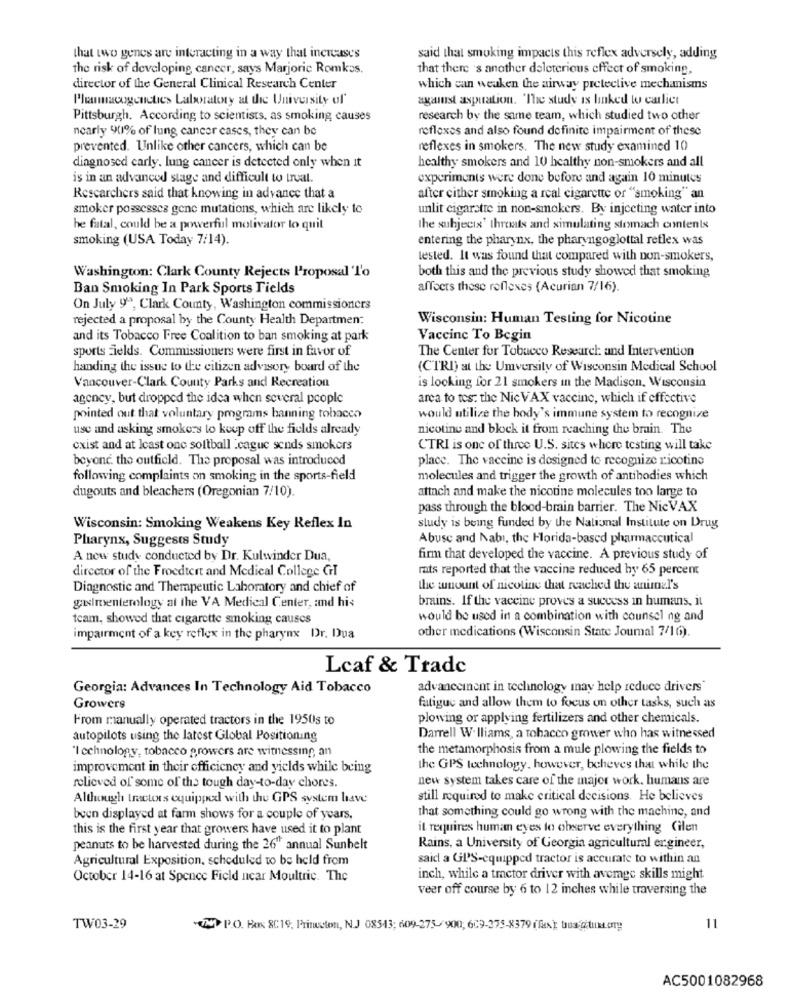
that two genes are interacting in a way that increases
said that smoking impacts this reflex adversely, adding
the risk of developing cancer, says Marjorie Romkos.
that there 's another deleterious effect of smoking.
director of the General Clinical Research Center
which can weaken the airway protective mechanisms
Pleumagencties Laboratory at the University of'
against asputation. 'The study is linked to carlier
Pittsburgh. According to scientists, as smoking causes
research by the same team, which studied two other
nearly 90% of lung cancer cases, they can be
reflexes and also found definite impairment of these
prevented. Unlike other cancers, which can be
reflexes in smokers. The new study examined 10
healthy smokers and 10 healthy non-smokers and all
diagnosed carly. lung cancer is detected only when it
is in an advanced stage and difficult to trual.
experiments were done before and again 10 minutes
Researchers said that knowing in advance that a
after cither smoking a real cigarette or "smoking" an
smoker possesses gene mutations, which are likely to
unlit cigarette in non-smokers. By injecting water into
he fatal, could be a powerful motivator lo quil
the subjects' throats and simulating stomach contents
smoking (USA Today 7/14).
entering the pharynx, the pharyngoglottal reflex was
tested. It was found that compared with non-smokers,
both this and the previous study showed that smoking
Washington: Clark County Rejects Proposal To
Ban Smoking In Park Sports Fields
affects those reflexes (Acurian 7/16).
On July 9º, Clark County, Washington commissioners
rejected a proposal by the County Health Departmen:
Wisconsin: Human Testing for Nicotine
and its Tobacco Free Coalition to ban smoking at park
Vaccine To Begin
sports Fields. Commissioners were first in favor of
The Center for Tobacco Research and Intervention
handing the issue to the citizen advisory board of the
(CTRI) at the Umversity of Wisconsin Medical School
Vancouver-Clark County Parks and Recreation
is looking for 21 smokers in the Madison, Wisconsin
agency, but dropped the idea when several people
arca to tes. the NicVAX vaccine, which if effective
pointed out that voluntary programs banning tobacco
would utilize the body's immune system to recognize
use and asking smokers to keep off the fields already
nicotine and block it from reaching the brain. The
cxist and at least one softball .cague sends smokers
CTRI is one of three U.S. sites where testing will take
beyonc. the outfield. The proposal was introduced
place. The vaccine is designed to recognize ricotino
following complaints on smoking in the sports-field
molecules and trigger the growth of antibodies which
dugouts and bleachers (Oregonian 7/10).
attach and make the nicotine molecules too large to
pass through the blood-brain barrier. The NicVAX
Wisconsin: Smoking Weakens Key Reflex In
study is being funded by the National Institute on Drug
Pharynx, Suggests Study
Abuse and Nabi, the Florida-based pharmaceutical
A new study conducted by Dr. Kulwinder Dua,
firm that developed the vaccine. A previous study of
director of the Froedtert and Medical College GHI
rats reported that the vaccine reduced by 65 percent
Diagnostic and Therapeutic Laboratory and chief of
the sunount of nicoline that reached the animel's
gasimenterology al the VA Medical Center, and his
brains. If the vaccine proves a success in humans, it
team, showed that cigarette smoking causes
would be used in a combination with counsel ng and
other medications (Wisconsin State Joumal 7/16).
impairment of a key reflex in the pharynx Dr. Dua
Lcaf & Trade
Georgia: Advances In Technology Aid Tobacco
advancement in technology may help reduce drivers"
Growers
fatigue and allow them to focus on other tasks, such as
From manually operated tractors in the 1950s to
plowing or applying fertilizers and other chemicals.
autopilots using the latest Global Positioning
Darrell Williams, a tobacco grower who has witnessed
'I cchnology, tobacco growers are witnessing, an
the metamorphosis from a mule plowing the fields to
improvement in their efficiency and yields while being
the GPS technology, however, beheves that while the
new system takes care of the major work. humans are
relieved of some of the tough day-to-day chores.
Although tractors oquipped with the GPS system have
still required to make critical decisions. He believes
that something could go wrong with the machine, and
been displayed at farm shows for a couple of years,
this is the first year that growers have used it to plant
it requires human eyes to observe everything Cilen
peanuts to be harvested during the 26" annual Sunbelt
Rains, a University of Georgia agricultural ergineer,
Agricultural Exposition, scheduled to be held from
said a GI'S-equipped tractor is accurate to within an
October 14-16 at Spence Field near Moultrie. The
inch, while a tractor driver with average skills might
veer off course by 6 to 12 inches while traversing the
TW03-29
(N P.O. Box 8C19, Princeton, N.J 08543; 609-275-900; 609-375-8379 (fx); tous @ituktory
11
AC5001082968